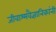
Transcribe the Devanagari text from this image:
जीवाश्मवैज्ञानिकांनी